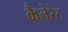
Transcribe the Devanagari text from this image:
कैलेरेट